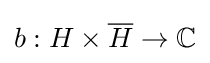
b:H\times {\overline {H}}\to \mathbb {C}